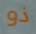
ذو